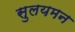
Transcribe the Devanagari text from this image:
सुलयमन